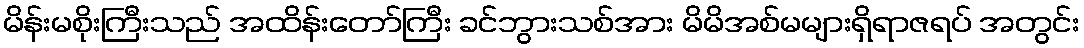
မိန်းမစိုးကြီးသည် အထိန်းတော်ကြီး ခင်ဘွားသစ်အား မိမိအစ်မများရှိရာဇရပ် အတွင်း